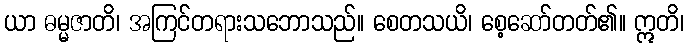
ယာ ဓမ္မဇာတိ၊ အကြင်တရားသဘောသည်။ စေတသယိ၊ စေ့ဆော်တတ်၏။ ဣတိ၊